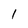
Character: l